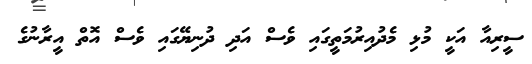
ސީރިއާ އަކީ މުޅި މެދުއިރުމަތީގައި ވެސް އަދި ދުނިޔޭގައި ވެސް އޮތް އީރާނުގެ